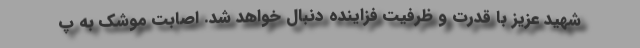
شهید عزیز با قدرت و ظرفیت فزاینده دنبال خواهد شد. اصابت موشک به پ